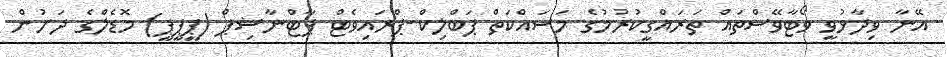
އޭނާ ވިދާޅުވީ ވޯޓާވޭސްތައް ތަރައްގީކުރުމުގެ މަސައްކަތް ޕަބްލިކް-ޕްރައިވެޓް ޕާޓްނާޝިޕް (ޕީޕީޕީ) މޮޑެލްގެ ދަށުން